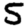
Digit: 5